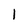
Character: l